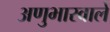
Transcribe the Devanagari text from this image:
अणुभारवाले